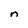
Character: n